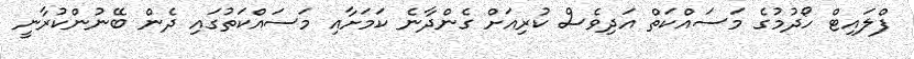
ފްލައިޓް ހޯދުމުގެ މަސައްކަތް އަދިވެސް ކުރިއަށް ގެންދާނެ ކަމަށާއި މަސައްކަތުގައި ދެން ބޭނުންކުރާނީ